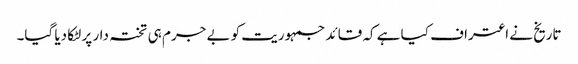
تاریخ نے اعتراف کیا ہے کہ قائد جمہوریت کو بے جرم ہی تختہ دار پر لٹکا دیا گیا۔